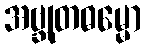
အဗ္ဘုတဓမ္မော